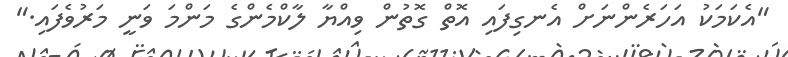
"އެކަމަކު އަހަރެންނަށް އެނގިފައި އޮތް ގޮތުން ވިއްޔާ ލާކްމެންގެ މަންމަ ވަނީ މަރުވެފައި."